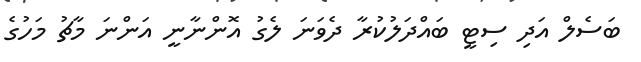
ބަސެލް އަދި ސިޓީ ބައްދަލުކުރާ ދެވަނަ ލެގު އޮންނާނީ އަންނަ މާޗު މަހުގެ